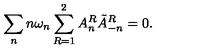
\sum _ { n } n \omega _ { n } \sum _ { R = 1 } ^ { 2 } A _ { n } ^ { R } \tilde { A } _ { - n } ^ { R } = 0 .